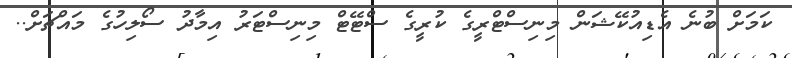
ކަމަށް ބުނެ އެޑިއުކޭޝަން މިނިސްޓްރީގެ ކުރީގެ ސްޓޭޓް މިނިސްޓަރު އިމާދު ސޯލިހުގެ މައްޗަށް..